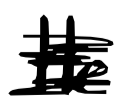
Text: He
Cross-out: scratch
Writing tool: digital_black